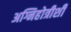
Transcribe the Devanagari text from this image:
अग्निहोत्रीशी